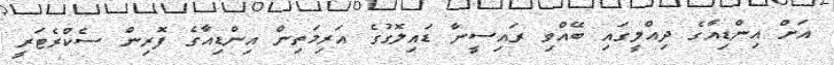
އަށް އިންޑިއާގެ ދިއްލީގައި ބޭއްވި ރައިސީނާ ޑައިލޮގުގެ އަރިމަތިން އިންޑިއާގެ ފޮރިން ސެކްރެޓަރީ